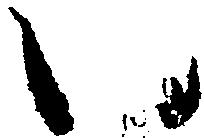
い